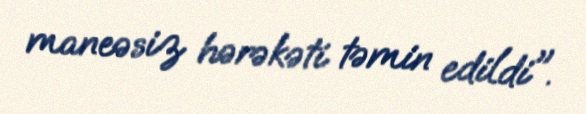
maneəsiz hərəkəti təmin edildi".